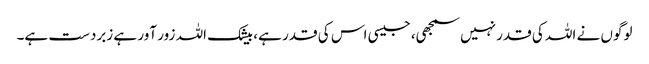
لوگوں نے اللہ کی قدر نہیں سمجھی، جیسی اس کی قدر ہے، بیشک اللہ زور آور ہے زبردست ہے۔